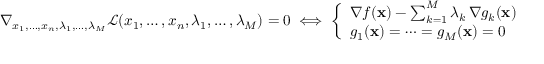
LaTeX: \nabla _ { x _ { 1 } , \ldots , x _ { n } , \lambda _ { 1 } , \ldots , \lambda _ { M } } { \mathcal { L } } ( x _ { 1 } , \ldots , x _ { n } , \lambda _ { 1 } , \ldots , \lambda _ { M } ) = 0 \iff { \left\{ \begin{array} { l l } { \nabla f ( \mathbf { x } ) - \sum _ { k = 1 } ^ { M } { \lambda _ { k } \, \nabla g _ { k } ( \mathbf { x } ) } = 0 } \\ { g _ { 1 } ( \mathbf { x } ) = \cdots = g _ { M } ( \mathbf { x } ) = 0 } \end{array} \right. }